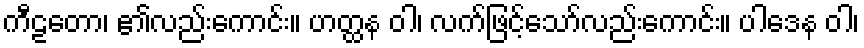
ကီဠတော၊ ၏လည်းကောင်း။ ဟတ္ထန ဝါ၊ လက်ဖြင့်သော်လည်းကောင်း။ ပါဒေန ဝါ၊